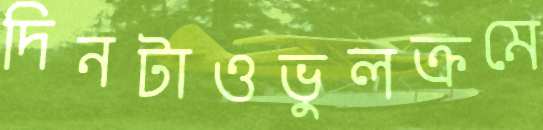
দিনটাওভুলক্রমে